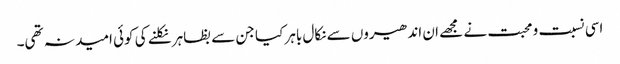
اسی نسبت و محبت نے مجھے ان اندھیروں سے نکال باہر کیا جن سے بظاہر نکلنے کی کوئی امید نہ تھی۔